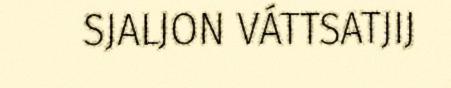
SJALJON VÁTTSATJIJ